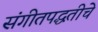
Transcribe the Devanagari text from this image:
संगीतपद्धतीचे